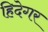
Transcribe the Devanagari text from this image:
हिदेगर